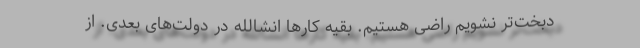
دبخت‌تر نشویم راضی هستیم. بقیه کارها انشالله در دولت‌های بعدی. از